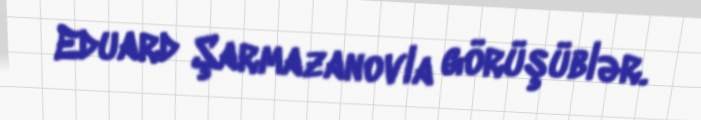
Eduard Şarmazanovla görüşüblər.